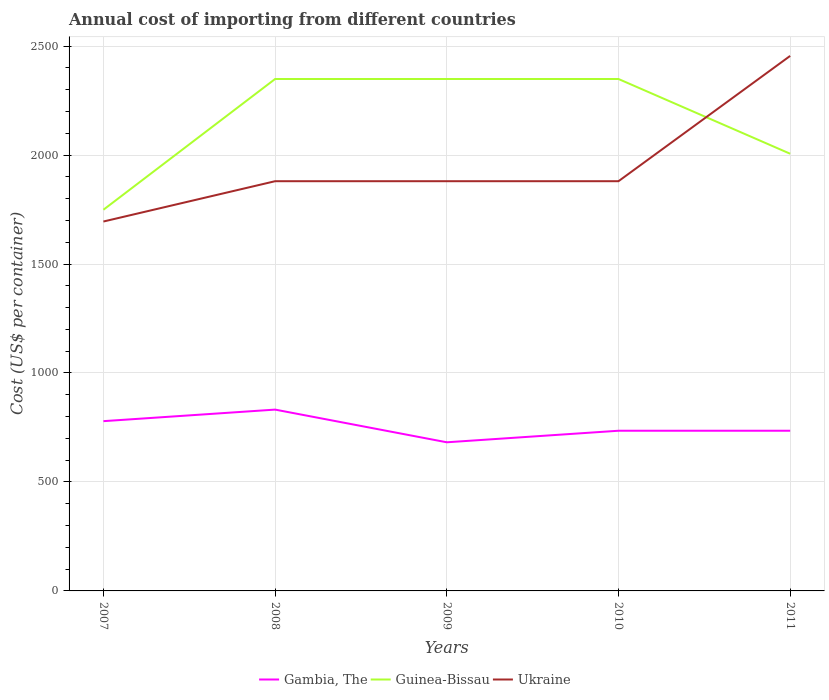
| Years | Gambia, The | Guinea-Bissau | Ukraine |
 | --- | --- | --- | --- |
 | 2007 | 779 | 1.75e+03 | 1.7e+03 |
 | 2008 | 832 | 2.35e+03 | 1.88e+03 |
 | 2009 | 682 | 2.35e+03 | 1.88e+03 |
 | 2010 | 735 | 2.35e+03 | 1.88e+03 |
 | 2011 | 735 | 2.01e+03 | 2.46e+03 |